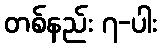
တစ်နည်း ၇-ပါး